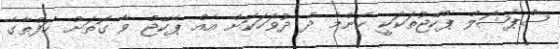
ސްޕެޝަލް ޕްކޭޖުތަކަކީ ކޮންމެ ދެ ދުވަހަކަށް އެއް ޕެކޭޖް ވާ ގޮތަށް ހަފްތާގެ